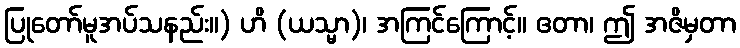
ပြုတော်မူအပ်သနည်း။) ဟိ (ယသ္မာ)၊ အကြင်ကြောင့်။ ဧတာ၊ ဤ အဇိမှတာ